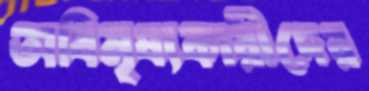
অবিমৃষ্যকারীদের